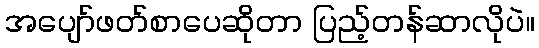
အပျော်ဖတ်စာပေဆိုတာ ပြည့်တန်ဆာလိုပဲ။